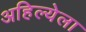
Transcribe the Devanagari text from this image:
अहिल्येला